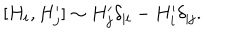
LaTeX: [ H _ { i } , H _ { j } ^ { \prime } ] \sim H _ { j } ^ { \prime } \delta _ { | i } - H _ { i } ^ { \prime } \delta _ { | j } .